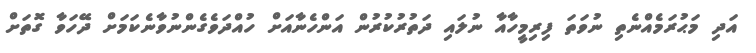
އަދި މަޙުރަމެއްނެތި ނުވަތަ ފިރިމީހާއާ ނުލައި ދަތުރުކުރުން އަންހެނާއަށް ހުއްދަވެގެންނުވާނެކަމަށް ދޭހަވާ ގޮތަށް